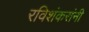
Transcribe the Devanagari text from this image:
रविशंकरांनी